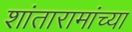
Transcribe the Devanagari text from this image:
शांतारामांच्या